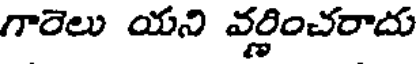
గారెలు యని వర్ణించరాదు